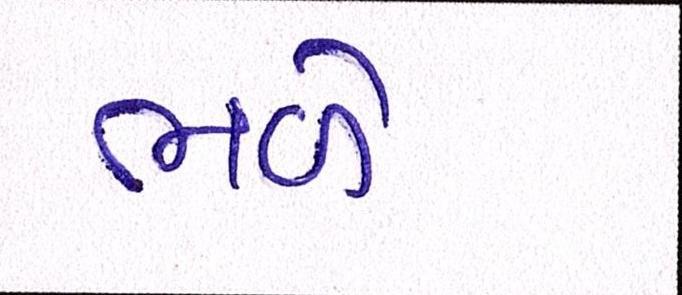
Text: ભળે